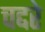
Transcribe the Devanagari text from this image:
चद्दरे